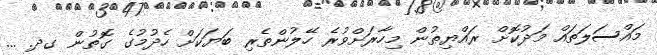
މައްސަލަތައް މަދުކޮށް ރައްޔިތުން މިހާރަށްވުރެ ހޭލުންތެރި ބަޔަކަށް ހެދުމުގެ ގޮތުން ގދ. ...